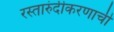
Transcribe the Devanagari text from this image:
रस्तारुंदीकरणाची